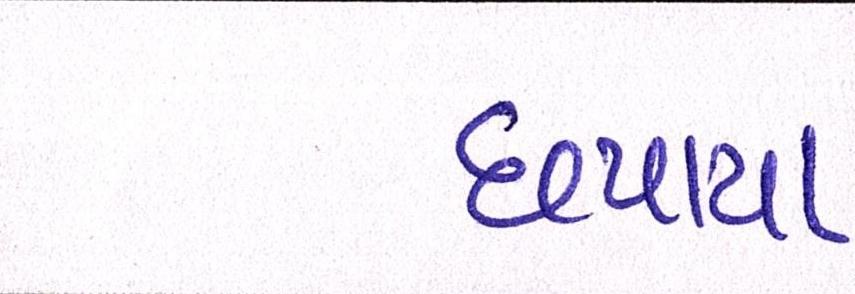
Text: છપાયા